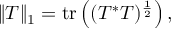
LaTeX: \| T \| _ { 1 } = \mathrm { t r } \left( ( T ^ { * } T ) ^ { \frac { 1 } { 2 } } \right) ,